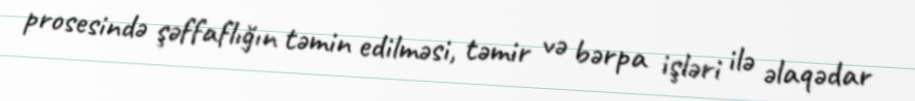
prosesində şəffaflığın təmin edilməsi, təmir və bərpa işləri ilə əlaqədar